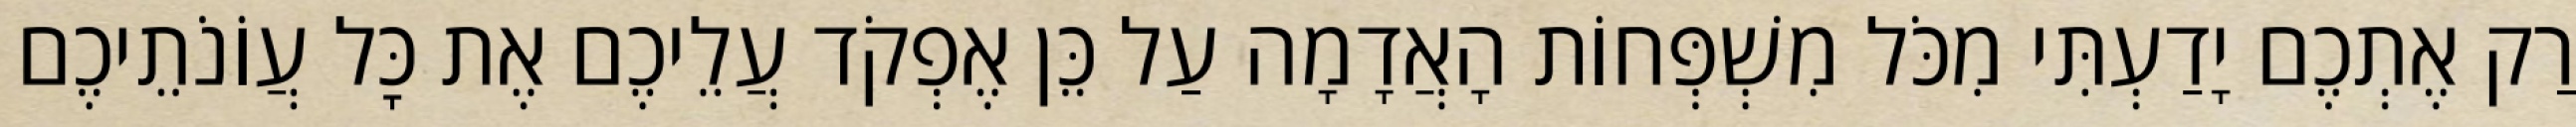
רַק אֶתְכֶם יָדַעְתִּי מִכֹּל מִשְׁפְּחוֹת הָאֲדָמָה עַל כֵּן אֶפְקֹד עֲלֵיכֶם אֶת כׇּל עֲוֹנֹתֵיכֶם